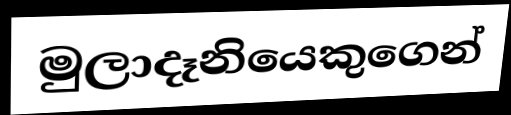
මුලාදෑනියෙකුගෙන්